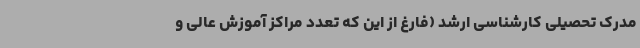
مدرک تحصیلی کارشناسی ارشد (فارغ از این که تعدد مراکز آموزش عالی و